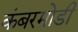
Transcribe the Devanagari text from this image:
कंबरमोडी